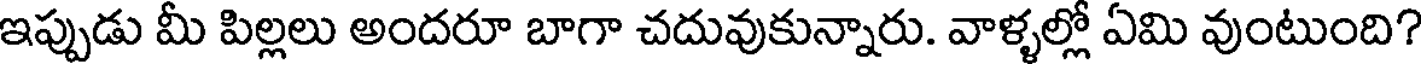
ఇప్పుడు మీ పిల్లలు అందరూ బాగా చదువుకున్నారు. వాళ్ళల్లో ఏమి వుంటుంది?